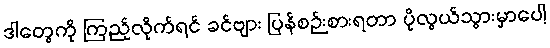
ဒါတွေကို ကြည့်လိုက်ရင် ခင်ဗျား ပြန်စဉ်းစားရတာ ပိုလွယ်သွားမှာပေါ့